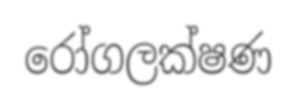
රෝගලක්ෂණ